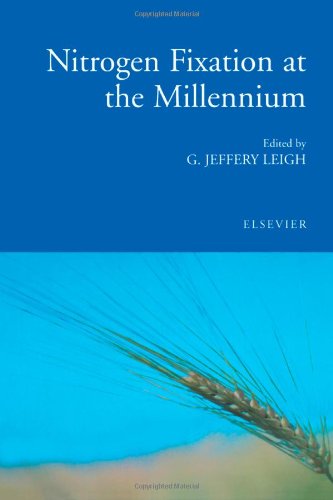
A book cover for Nitrogen Fixation at the Millennium; Science & Math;